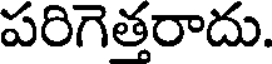
పరిగెత్తరాదు.